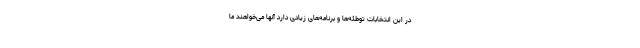
در این انتخابات توطئه‌ها و برنامه‌های زیادی دارد آنها می‌خواهند ما